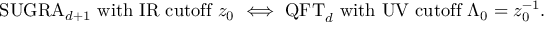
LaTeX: \mathrm { S U G R A } _ { d + 1 } ~ \mathrm { w i t h ~ I R ~ c u t o f f } ~ z _ { 0 } ~ \Longleftrightarrow ~ \mathrm { Q F T } _ { d } ~ \mathrm { w i t h ~ U V ~ c u t o f f } ~ \Lambda _ { 0 } = z _ { 0 } ^ { - 1 } .